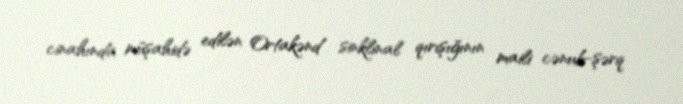
cinahında müşahidə edilən Ortakənd sinklinal qırışığının maili cənub-şərq